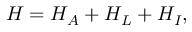
H = H _ { A } + H _ { L } + H _ { I } ,